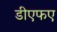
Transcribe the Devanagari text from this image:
डीएफए